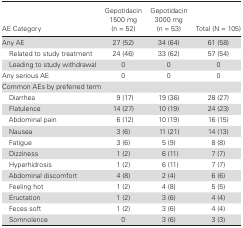
| AE Category | Gepotidacin 1500 mg (n = 52) | Gepotidacin 3000 mg (n = 53) | Total (N = 105) |
 | --- | --- | --- | --- |
 | Any AE | 27 (52) | 34 (64) | 61 (58) |
 | Related to study treatment | 24 (46) | 33 (62) | 57 (54) |
 | Leading to study withdrawal | 0 | 0 | 0 |
 | Any serious AE | 0 | 0 | 0 |
 | <COLSPAN=4> Common AEs by preferred term |
 | Diarrhea | 9 (17) | 19 (36) | 28 (27) |
 | Flatulence | 14 (27) | 10 (19) | 24 (23) |
 | Abdominal pain | 6 (12) | 10 (19) | 16 (15) |
 | Nausea | 3 (6) | 11 (21) | 14 (13) |
 | Fatigue | 3 (6) | 5 (9) | 8 (8) |
 | Dizziness | 1 (2) | 6 (11) | 7 (7) |
 | Hyperhidrosis | 1 (2) | 6 (11) | 7 (7) |
 | Abdominal discomfort | 4 (8) | 2 (4) | 6 (6) |
 | Feeling hot | 1 (2) | 4 (8) | 5 (5) |
 | Eructation | 1 (2) | 3 (6) | 4 (4) |
 | Feces soft | 1 (2) | 3 (6) | 4 (4) |
 | Somnolence | 0 | 3 (6) | 3 (3) |